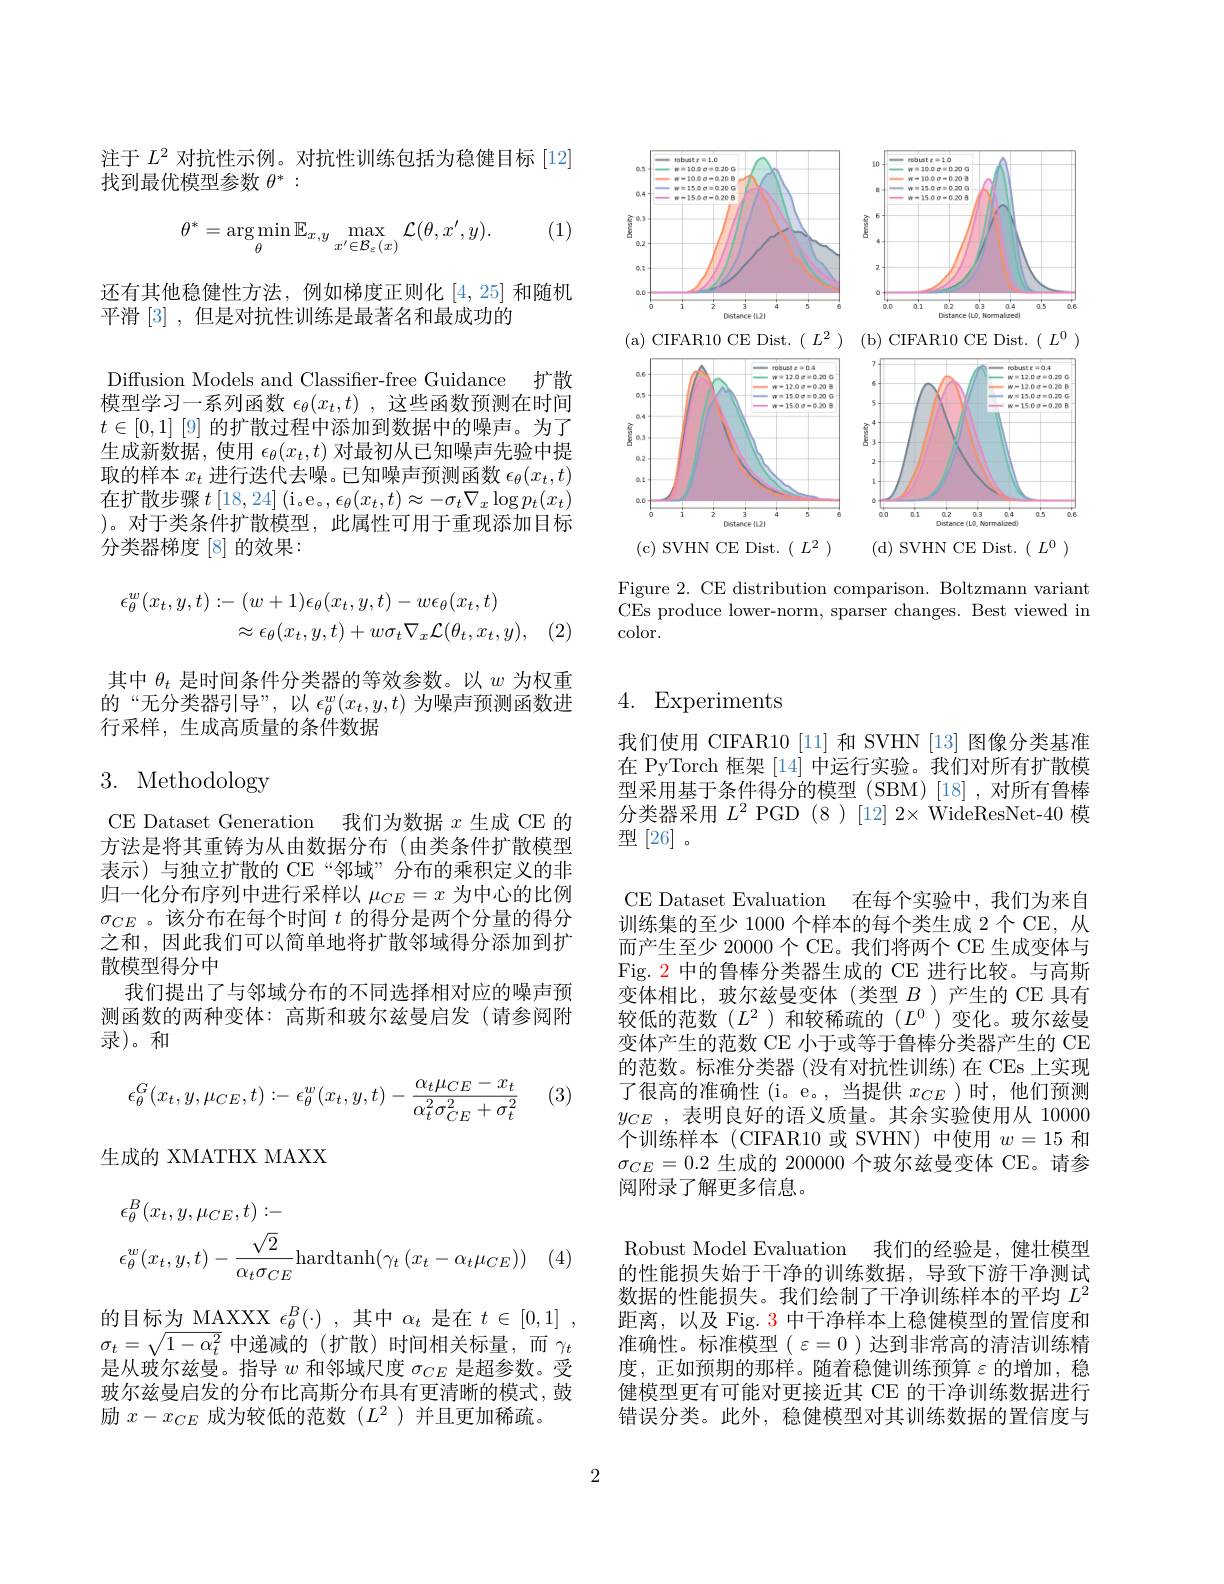
注于$L^2$对抗性示例。对抗性训练包括为稳健目标 [12]
找到最优模型参数$\theta^*:$

(1)
$$\theta^{*}=\arg\min_{\theta}\mathbb{E}_{x,y}\max_{x^{\prime}\in\mathcal{B}_{\varepsilon}(x)}\mathcal{L}(\theta,x^{\prime},y).$$
还有其他稳健性方法，例如梯度正则化[4,25]和随机
平滑[3],但是对抗性训练是最著名和最成功的

Diffusion Models and Classifter-free Guidance 扩散模型学习一系列函数$\epsilon_\theta(x_t,t)$ ,这些函数预测在时间

$t\in[0,1]$ [9] 的扩散过程中添加到数据中的噪声。为了生成新数据，使用$\epsilon_\theta(x_t,t)$对最初从已知噪声先验中提取的样本$x_t$进行迭代去噪。已知噪声预测函数$\epsilon_\theta(x_t,t)$ 在扩散步骤$t\left[18,24\right]\left(\mathrm{i}_{\mathrm{o}}\mathrm{e}_{\mathrm{o}},\epsilon_{\theta}(x_{t},t)\approx-\sigma_{t}\nabla_{x}\log p_{t}(x_{t})\right.$ )。对于类条件扩散模型，此属性可用于重现添加目标分类器梯度[8]的效果：
$$\begin{aligned}\epsilon_{\theta}^{w}(x_{t},y,t)&:-\:(w+1)\epsilon_{\theta}(x_{t},y,t)-w\epsilon_{\theta}(x_{t},t)\\&\approx\epsilon_{\theta}(x_{t},y,t)+w\sigma_{t}\nabla_{x}\mathcal{L}(\theta_{t},x_{t},y),\end{aligned}$$
其中$\theta_t$是时间条件分类器的等效参数。以$w$为权重的“无分类器引导”,以$\epsilon_\theta^w(x_t,y,t)$为噪声预测函数进行采样，生成高质量的条件数据

# 3. Methodology

CE Dataset Generation 我们为数据$x$生成 CE 的方法是将其重铸为从由数据分布(由类条件扩散模型表示)与独立扩散的 CE“邻域”分布的乘积定义的非归一化分布序列中进行采样以$\mu_{CE}=x$为中心的比例$\sigma_{CE}$。该分布在每个时间$t$的得分是两个分量的得分之和，因此我们可以简单地将扩散邻域得分添加到扩散模型得分中
我们提出了与邻域分布的不同选择相对应的噪声预测函数的两种变体：高斯和玻尔兹曼启发 (请参阅附录)。和

(3)
$$\epsilon_\theta^G(x_t,y,\mu_{CE},t):-\epsilon_\theta^w(x_t,y,t)-\frac{\alpha_t\mu_{CE}-x_t}{\alpha_t^2\sigma_{CE}^2+\sigma_t^2}$$
生成的 XMATHX MAXX
$$\begin{aligned}&\epsilon_{\theta}^{B}(x_{t},y,\mu_{CE},t):-\\&\epsilon_{\theta}^{w}(x_{t},y,t)-\frac{\sqrt{2}}{\alpha_{t}\sigma_{CE}}\mathrm{hardtanh}(\gamma_{t}\:(x_{t}-\alpha_{t}\mu_{CE}))\end{aligned}$$
 (4)

的目标为 MAXXX $\epsilon_\theta^B(\cdot)~,~$其中 $\alpha_t~$是在 $t\in[0,1]~$, $\sigma_t=\sqrt{1-\alpha_t^2}$ 中递减的(扩散)时间相关标量，而$\gamma_t$ 是从玻尔兹曼。指导$w$和邻域尺度$\sigma_CE$是超参数。受玻尔兹曼启发的分布比高斯分布具有更清晰的模式，鼓励$x-x_{CE}$成为较低的范数$(L^2$ )并且更加稀疏。

<FigureHere>

Figure 2. CE distribution comparison. Boltzmann variant CEs produce lower-norm, sparser changes. Best viewed in color.

## 4. Experiments

我们使用 CIFAR10 [11] 和 SVHN [13] 图像分类基准在 PyTorch 框架 [14] 中运行实验。我们对所有扩散模型采用基于条件得分的模型(SBM)[18],对所有鲁棒分类器采用$L^2$ PGD $(8)[12]2\times$ WideResNet-40 模型[26]。

CE Dataset Evaluation 在每个实验中，我们为来自训练集的至少 1000 个样本的每个类生成 2 个 CE, 从而产生至少 20000个 CE。我们将两个 CE 生成变体与Fig. 2 中的鲁棒分类器生成的 CE 进行比较。与高斯变体相比，玻尔兹曼变体(类型$B$ )产生的 CE 具有较低的范数($L^2$)和较稀疏的($L^0$)变化。玻尔兹曼变体产生的范数 CE 小于或等于鲁棒分类器产生的 CE 的范数。标准分类器 (没有对抗性训练) 在 CEs 上实现了很高的准确性(i。e。,当提供$x_CE$ )时，他们预测$y_{CE}$ ,表明良好的语义质量。其余实验使用从 10000个训练样本(CIFAR10 或 SVHN) 中使用$w=15$和$\sigma_{CE}=0.2$生成的 200000 个玻尔兹曼变体 CE。请参阅附录了解更多信息。
Robust Model Evaluation 我们的经验是，健壮模型的性能损失始于干净的训练数据，导致下游干净测试数据的性能损失。我们绘制了干净训练样本的平均$L^2$ 距离，以及 Fig. 3 中干净样本上稳健模型的置信度和准确性。标准模型( $\varepsilon=0$ )达到非常高的清洁训练精度，正如预期的那样。随着稳健训练预算$\varepsilon$的增加，稳健模型更有可能对更接近其 CE 的干净训练数据进行错误分类。此外，稳健模型对其训练数据的置信度与

2